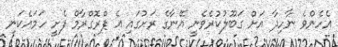
އެހެންވެ ނާހިދާ އަށް ގަބޫލުކުރެވެނީ އޭނާގެ ރަށުގައި އެ ޕްރޮގްރާމް ފެށީ ހަމައެކަނި